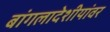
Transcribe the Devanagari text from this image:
बांगलादेशीयांवर